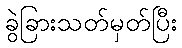
ခွဲခြားသတ်မှတ်ပြီး